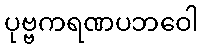
ပုဗ္ဗကရဏပဘဝေါ